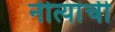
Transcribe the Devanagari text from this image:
नीत्यांची